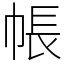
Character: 帳